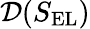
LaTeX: \mathcal{D}(S_{\mathrm{EL}})